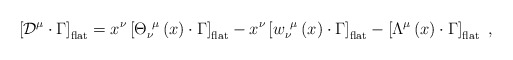
\begin{align*}\left[ {\cal D}^\mu \cdot \Gamma \right] _{{\rm flat}}=x^\nu \left[ {\Theta}_\nu ^{~\mu }\left( x\right) \cdot \Gamma \right] _{{\rm flat}}-x^\nu \left[w_\nu ^{~\mu}\left( x\right) \cdot \Gamma \right] _{{\rm flat}}-\left[\Lambda^{\mu }\left( x\right) \cdot \Gamma \right] _{{\rm flat}}\,\,,\end{align*}